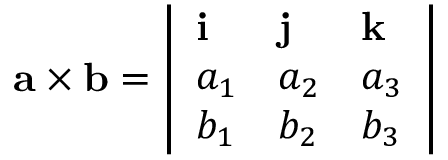
\mathbf { a \times b } = { \left| \begin{array} { l l l } { \mathbf { i } } & { \mathbf { j } } & { \mathbf { k } } \\ { a _ { 1 } } & { a _ { 2 } } & { a _ { 3 } } \\ { b _ { 1 } } & { b _ { 2 } } & { b _ { 3 } } \end{array} \right| }